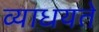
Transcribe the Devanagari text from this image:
व्याधयते